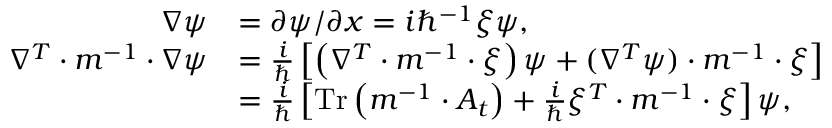
\begin{array} { r l } { \nabla \psi } & { = \partial \psi / \partial x = i \hbar ^ { - 1 } \xi \psi , } \\ { \nabla ^ { T } \cdot m ^ { - 1 } \cdot \nabla \psi } & { = \frac { i } { \hbar } \left[ \left( \nabla ^ { T } \cdot m ^ { - 1 } \cdot \xi \right) \psi + ( \nabla ^ { T } \psi ) \cdot m ^ { - 1 } \cdot \xi \right] } \\ & { = \frac { i } { \hbar } \left[ \operatorname * { T r } \left( m ^ { - 1 } \cdot A _ { t } \right) + \frac { i } { \hbar } \xi ^ { T } \cdot m ^ { - 1 } \cdot \xi \right] \psi , } \end{array}